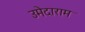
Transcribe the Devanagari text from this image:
उमेदाराम